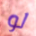
لو